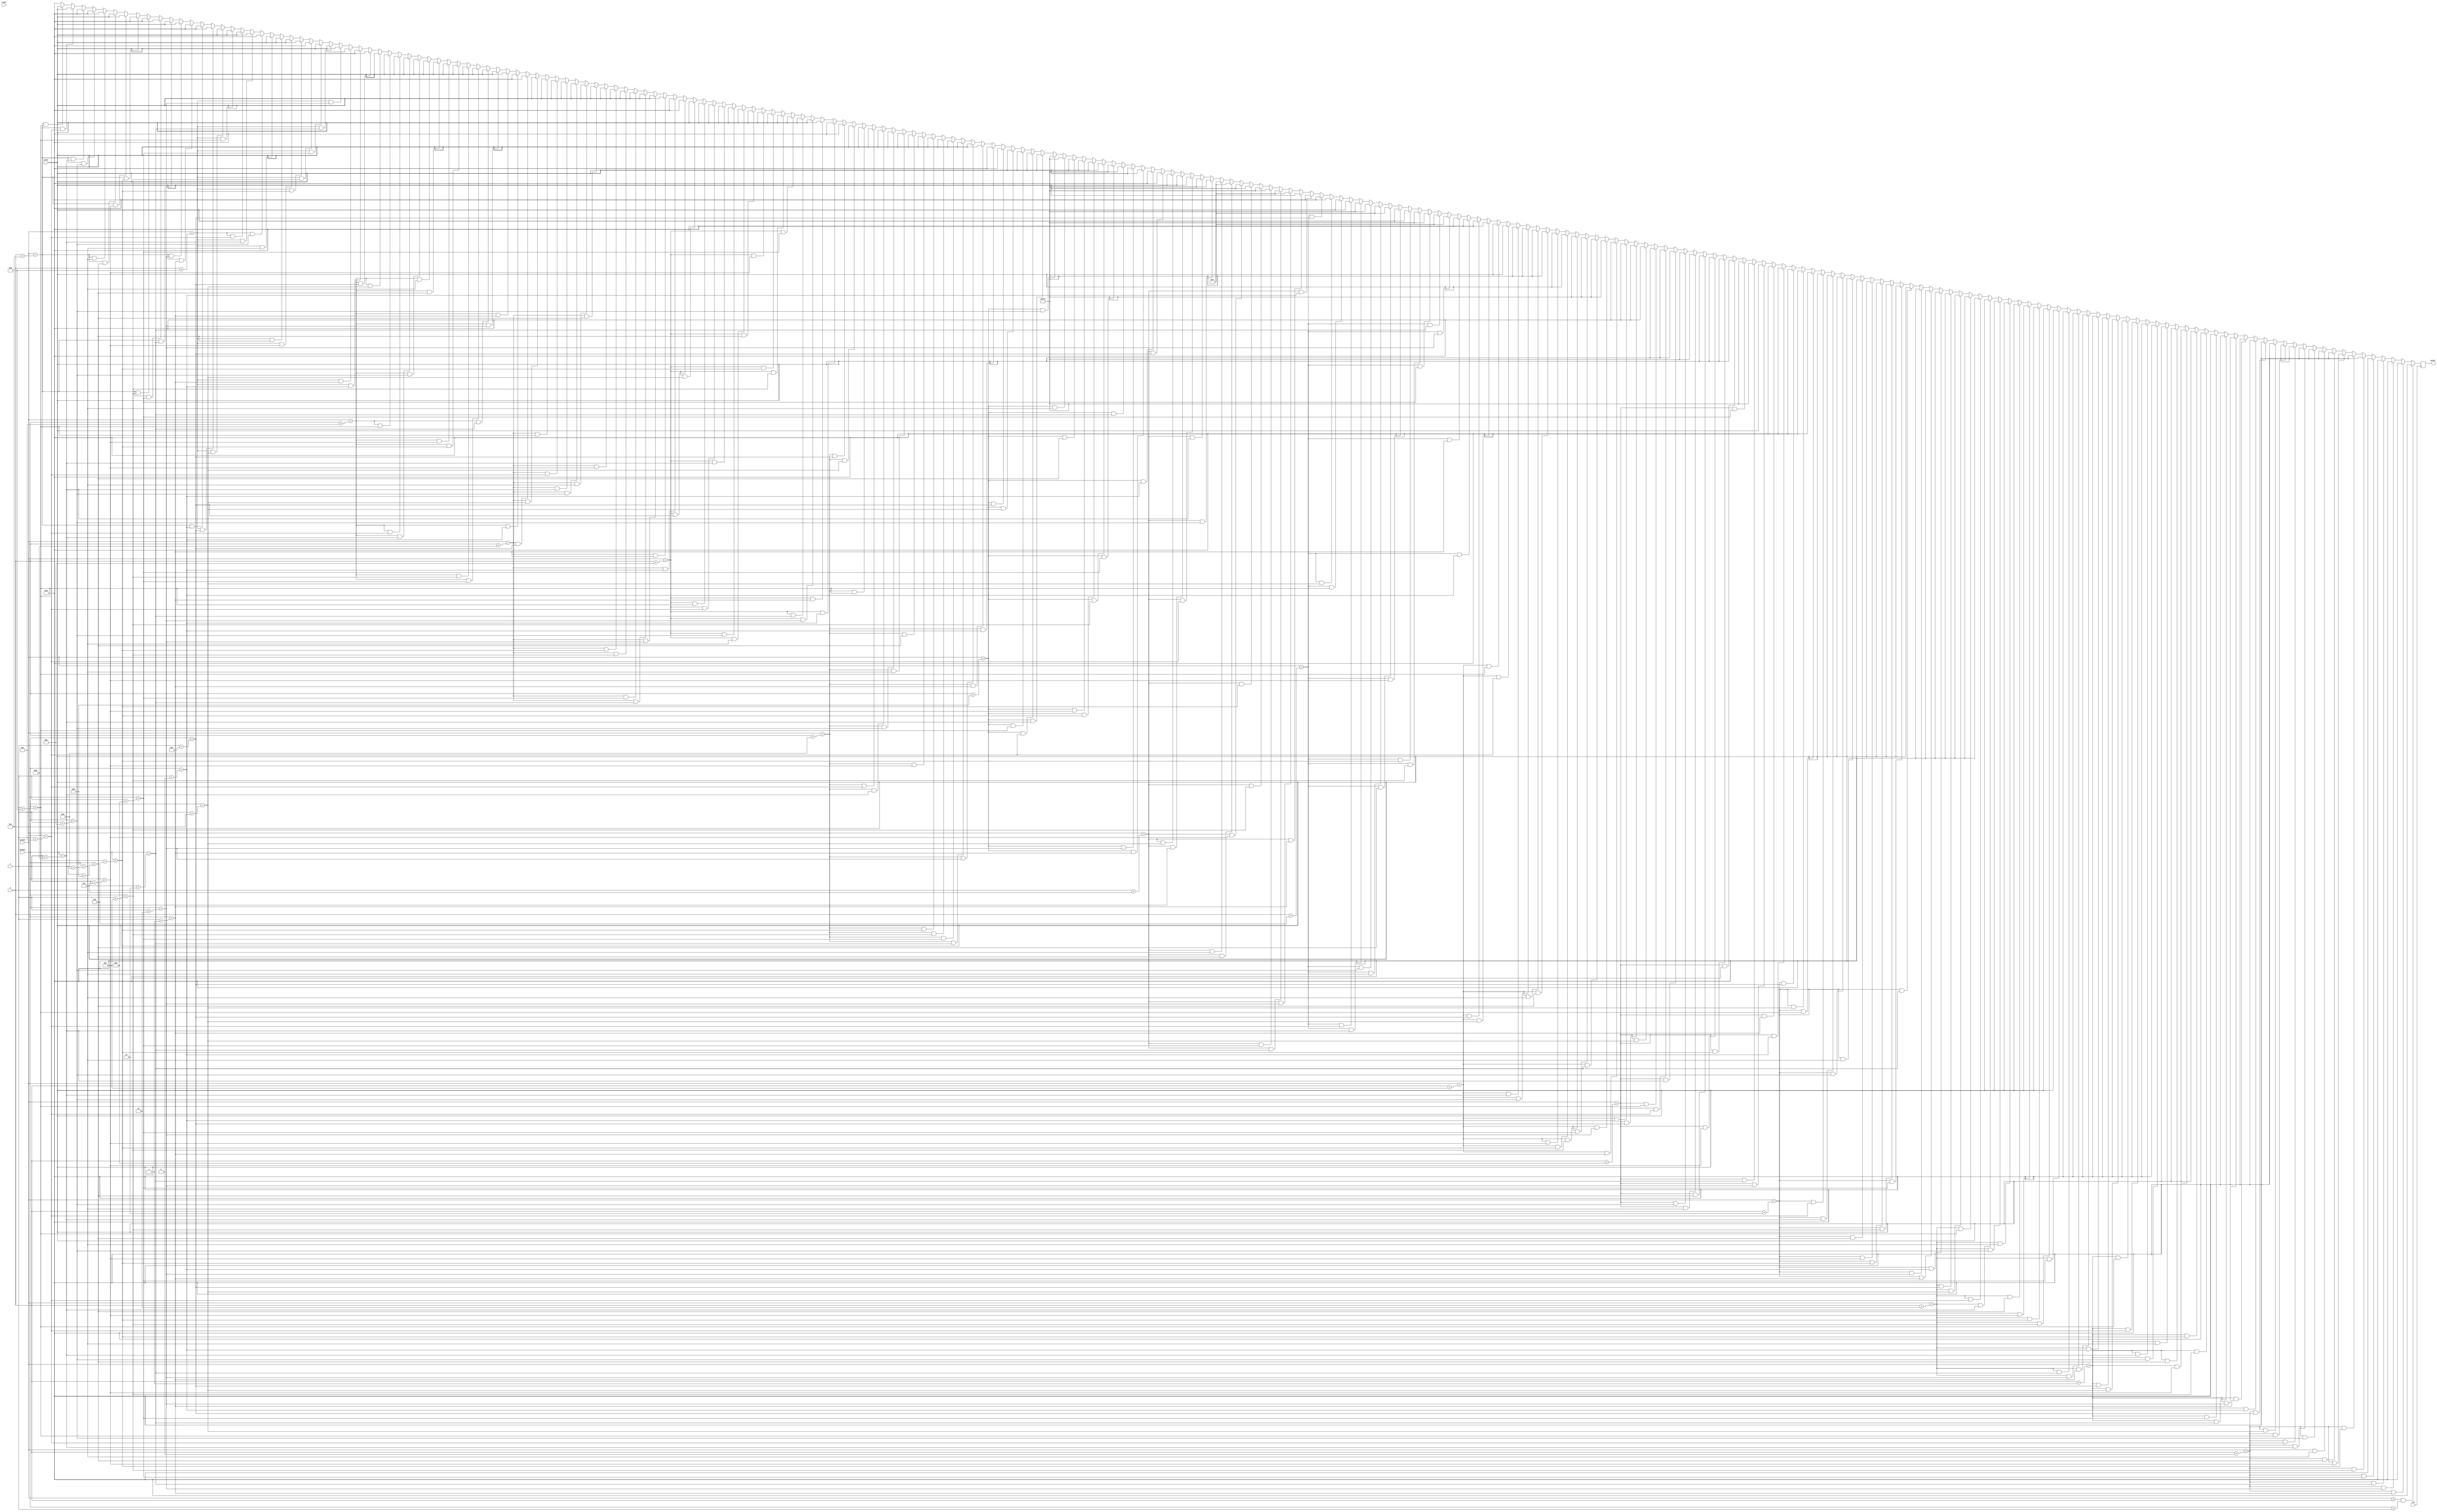
module ghost_left_triangle(
    input clk,
    input reset,
    input [10:0] x,
    input [9:0] y,
    input [10:0] hcount,
    input [9:0] vcount,
    input [11:0] color,
    output reg [11:0] pixel
    );
    
    always @(posedge clk) begin
    if (vcount == y && hcount == x) pixel <= 12'h000;
    else if (vcount == y + 0 && hcount == x + 1) pixel <= 12'h000;
    else if (vcount == y + 0 && hcount == x + 2) pixel <= 12'h000;
    else if (vcount == y + 0 && hcount == x + 3) pixel <= 12'h000;
    else if (vcount == y + 0 && hcount == x + 4) pixel <= 12'h000;
    else if (vcount == y + 0 && hcount == x + 5) pixel <= 12'h000;
    else if (vcount == y + 0 && hcount == x + 6) pixel <= 12'h000;
    else if (vcount == y + 0 && hcount == x + 7) pixel <= 12'h000;
    else if (vcount == y + 0 && hcount == x + 8) pixel <= 12'h000;
    else if (vcount == y + 0 && hcount == x + 9) pixel <= 12'h000;
    else if (vcount == y + 0 && hcount == x + 10) pixel <= 12'h000;
    else if (vcount == y + 0 && hcount == x + 11) pixel <= 12'h000;
    else if (vcount == y + 0 && hcount == x + 12) pixel <= 12'h000;
    else if (vcount == y + 0 && hcount == x + 13) pixel <= 12'h000;
    else if (vcount == y + 0 && hcount == x + 14) pixel <= 12'h000;
    else if (vcount == y + 0 && hcount == x + 15) pixel <= 12'h000;
    else if (vcount == y + 1 && hcount == x + 0) pixel <= 12'h000;
    else if (vcount == y + 1 && hcount == x + 1) pixel <= 12'h000;
    else if (vcount == y + 1 && hcount == x + 2) pixel <= 12'h000;
    else if (vcount == y + 1 && hcount == x + 3) pixel <= 12'h000;
    else if (vcount == y + 1 && hcount == x + 4) pixel <= 12'h000;
    else if (vcount == y + 1 && hcount == x + 5) pixel <= 12'h000;
    else if (vcount == y + 1 && hcount == x + 6) pixel <= color;
    else if (vcount == y + 1 && hcount == x + 7) pixel <= color;
    else if (vcount == y + 1 && hcount == x + 8) pixel <= color;
    else if (vcount == y + 1 && hcount == x + 9) pixel <= color;
    else if (vcount == y + 1 && hcount == x + 10) pixel <= 12'h000;
    else if (vcount == y + 1 && hcount == x + 11) pixel <= 12'h000;
    else if (vcount == y + 1 && hcount == x + 12) pixel <= 12'h000;
    else if (vcount == y + 1 && hcount == x + 13) pixel <= 12'h000;
    else if (vcount == y + 1 && hcount == x + 14) pixel <= 12'h000;
    else if (vcount == y + 1 && hcount == x + 15) pixel <= 12'h000;
    else if (vcount == y + 2 && hcount == x + 0) pixel <= 12'h000;
    else if (vcount == y + 2 && hcount == x + 1) pixel <= 12'h000;
    else if (vcount == y + 2 && hcount == x + 2) pixel <= 12'h000;
    else if (vcount == y + 2 && hcount == x + 3) pixel <= 12'h000;
    else if (vcount == y + 2 && hcount == x + 4) pixel <= color;
    else if (vcount == y + 2 && hcount == x + 5) pixel <= color;
    else if (vcount == y + 2 && hcount == x + 6) pixel <= color;
    else if (vcount == y + 2 && hcount == x + 7) pixel <= color;
    else if (vcount == y + 2 && hcount == x + 8) pixel <= color;
    else if (vcount == y + 2 && hcount == x + 9) pixel <= color;
    else if (vcount == y + 2 && hcount == x + 10) pixel <= color;
    else if (vcount == y + 2 && hcount == x + 11) pixel <= color;
    else if (vcount == y + 2 && hcount == x + 12) pixel <= 12'h000;
    else if (vcount == y + 2 && hcount == x + 13) pixel <= 12'h000;
    else if (vcount == y + 2 && hcount == x + 14) pixel <= 12'h000;
    else if (vcount == y + 2 && hcount == x + 15) pixel <= 12'h000;
    else if (vcount == y + 3 && hcount == x + 0) pixel <= 12'h000;
    else if (vcount == y + 3 && hcount == x + 1) pixel <= 12'h000;
    else if (vcount == y + 3 && hcount == x + 2) pixel <= 12'h000;
    else if (vcount == y + 3 && hcount == x + 3) pixel <= color;
    else if (vcount == y + 3 && hcount == x + 4) pixel <= color;
    else if (vcount == y + 3 && hcount == x + 5) pixel <= color;
    else if (vcount == y + 3 && hcount == x + 6) pixel <= color;
    else if (vcount == y + 3 && hcount == x + 7) pixel <= color;
    else if (vcount == y + 3 && hcount == x + 8) pixel <= color;
    else if (vcount == y + 3 && hcount == x + 9) pixel <= color;
    else if (vcount == y + 3 && hcount == x + 10) pixel <= color;
    else if (vcount == y + 3 && hcount == x + 11) pixel <= color;
    else if (vcount == y + 3 && hcount == x + 12) pixel <= color;
    else if (vcount == y + 3 && hcount == x + 13) pixel <= 12'h000;
    else if (vcount == y + 3 && hcount == x + 14) pixel <= 12'h000;
    else if (vcount == y + 3 && hcount == x + 15) pixel <= 12'h000;
    else if (vcount == y + 4 && hcount == x + 0) pixel <= 12'h000;
    else if (vcount == y + 4 && hcount == x + 1) pixel <= 12'h000;
    else if (vcount == y + 4 && hcount == x + 2) pixel <= color;
    else if (vcount == y + 4 && hcount == x + 3) pixel <= 12'hFFF;
    else if (vcount == y + 4 && hcount == x + 4) pixel <= 12'hFFF;
    else if (vcount == y + 4 && hcount == x + 5) pixel <= color;
    else if (vcount == y + 4 && hcount == x + 6) pixel <= color;
    else if (vcount == y + 4 && hcount == x + 7) pixel <= color;
    else if (vcount == y + 4 && hcount == x + 8) pixel <= color;
    else if (vcount == y + 4 && hcount == x + 9) pixel <= 12'hFFF;
    else if (vcount == y + 4 && hcount == x + 10) pixel <= 12'hFFF;
    else if (vcount == y + 4 && hcount == x + 11) pixel <= color;
    else if (vcount == y + 4 && hcount == x + 12) pixel <= color;
    else if (vcount == y + 4 && hcount == x + 13) pixel <= color;
    else if (vcount == y + 4 && hcount == x + 14) pixel <= 12'h000;
    else if (vcount == y + 4 && hcount == x + 15) pixel <= 12'h000;
    else if (vcount == y + 5 && hcount == x + 0) pixel <= 12'h000;
    else if (vcount == y + 5 && hcount == x + 1) pixel <= 12'h000;
    else if (vcount == y + 5 && hcount == x + 2) pixel <= 12'hFFF;
    else if (vcount == y + 5 && hcount == x + 3) pixel <= 12'hFFF;
    else if (vcount == y + 5 && hcount == x + 4) pixel <= 12'hFFF;
    else if (vcount == y + 5 && hcount == x + 5) pixel <= 12'hFFF;
    else if (vcount == y + 5 && hcount == x + 6) pixel <= color;
    else if (vcount == y + 5 && hcount == x + 7) pixel <= color;
    else if (vcount == y + 5 && hcount == x + 8) pixel <= 12'hFFF;
    else if (vcount == y + 5 && hcount == x + 9) pixel <= 12'hFFF;
    else if (vcount == y + 5 && hcount == x + 10) pixel <= 12'hFFF;
    else if (vcount == y + 5 && hcount == x + 11) pixel <= 12'hFFF;
    else if (vcount == y + 5 && hcount == x + 12) pixel <= color;
    else if (vcount == y + 5 && hcount == x + 13) pixel <= color;
    else if (vcount == y + 5 && hcount == x + 14) pixel <= 12'h000;
    else if (vcount == y + 5 && hcount == x + 15) pixel <= 12'h000;
    else if (vcount == y + 6 && hcount == x + 0) pixel <= 12'h000;
    else if (vcount == y + 6 && hcount == x + 1) pixel <= 12'h000;
    else if (vcount == y + 6 && hcount == x + 2) pixel <= 12'h00F;
    else if (vcount == y + 6 && hcount == x + 3) pixel <= 12'h00F;
    else if (vcount == y + 6 && hcount == x + 4) pixel <= 12'hFFF;
    else if (vcount == y + 6 && hcount == x + 5) pixel <= 12'hFFF;
    else if (vcount == y + 6 && hcount == x + 6) pixel <= color;
    else if (vcount == y + 6 && hcount == x + 7) pixel <= color;
    else if (vcount == y + 6 && hcount == x + 8) pixel <= 12'h00F;
    else if (vcount == y + 6 && hcount == x + 9) pixel <= 12'h00F;
    else if (vcount == y + 6 && hcount == x + 10) pixel <= 12'hFFF;
    else if (vcount == y + 6 && hcount == x + 11) pixel <= 12'hFFF;
    else if (vcount == y + 6 && hcount == x + 12) pixel <= color;
    else if (vcount == y + 6 && hcount == x + 13) pixel <= color;
    else if (vcount == y + 6 && hcount == x + 14) pixel <= 12'h000;
    else if (vcount == y + 6 && hcount == x + 15) pixel <= 12'h000;
    else if (vcount == y + 7 && hcount == x + 0) pixel <= 12'h000;
    else if (vcount == y + 7 && hcount == x + 1) pixel <= color;
    else if (vcount == y + 7 && hcount == x + 2) pixel <= 12'h00F;
    else if (vcount == y + 7 && hcount == x + 3) pixel <= 12'h00F;
    else if (vcount == y + 7 && hcount == x + 4) pixel <= 12'hFFF;
    else if (vcount == y + 7 && hcount == x + 5) pixel <= 12'hFFF;
    else if (vcount == y + 7 && hcount == x + 6) pixel <= color;
    else if (vcount == y + 7 && hcount == x + 7) pixel <= color;
    else if (vcount == y + 7 && hcount == x + 8) pixel <= 12'h00F;
    else if (vcount == y + 7 && hcount == x + 9) pixel <= 12'h00F;
    else if (vcount == y + 7 && hcount == x + 10) pixel <= 12'hFFF;
    else if (vcount == y + 7 && hcount == x + 11) pixel <= 12'hFFF;
    else if (vcount == y + 7 && hcount == x + 12) pixel <= color;
    else if (vcount == y + 7 && hcount == x + 13) pixel <= color;
    else if (vcount == y + 7 && hcount == x + 14) pixel <= color;
    else if (vcount == y + 7 && hcount == x + 15) pixel <= 12'h000;
    else if (vcount == y + 8 && hcount == x + 0) pixel <= 12'h000;
    else if (vcount == y + 8 && hcount == x + 1) pixel <= color;
    else if (vcount == y + 8 && hcount == x + 2) pixel <= color;
    else if (vcount == y + 8 && hcount == x + 3) pixel <= 12'hFFF;
    else if (vcount == y + 8 && hcount == x + 4) pixel <= 12'hFFF;
    else if (vcount == y + 8 && hcount == x + 5) pixel <= color;
    else if (vcount == y + 8 && hcount == x + 6) pixel <= color;
    else if (vcount == y + 8 && hcount == x + 7) pixel <= color;
    else if (vcount == y + 8 && hcount == x + 8) pixel <= color;
    else if (vcount == y + 8 && hcount == x + 9) pixel <= 12'hFFF;
    else if (vcount == y + 8 && hcount == x + 10) pixel <= 12'hFFF;
    else if (vcount == y + 8 && hcount == x + 11) pixel <= color;
    else if (vcount == y + 8 && hcount == x + 12) pixel <= color;
    else if (vcount == y + 8 && hcount == x + 13) pixel <= color;
    else if (vcount == y + 8 && hcount == x + 14) pixel <= color;
    else if (vcount == y + 8 && hcount == x + 15) pixel <= 12'h000;
    else if (vcount == y + 9 && hcount == x + 0) pixel <= 12'h000;
    else if (vcount == y + 9 && hcount == x + 1) pixel <= color;
    else if (vcount == y + 9 && hcount == x + 2) pixel <= color;
    else if (vcount == y + 9 && hcount == x + 3) pixel <= color;
    else if (vcount == y + 9 && hcount == x + 4) pixel <= color;
    else if (vcount == y + 9 && hcount == x + 5) pixel <= color;
    else if (vcount == y + 9 && hcount == x + 6) pixel <= color;
    else if (vcount == y + 9 && hcount == x + 7) pixel <= color;
    else if (vcount == y + 9 && hcount == x + 8) pixel <= color;
    else if (vcount == y + 9 && hcount == x + 9) pixel <= color;
    else if (vcount == y + 9 && hcount == x + 10) pixel <= color;
    else if (vcount == y + 9 && hcount == x + 11) pixel <= color;
    else if (vcount == y + 9 && hcount == x + 12) pixel <= color;
    else if (vcount == y + 9 && hcount == x + 13) pixel <= color;
    else if (vcount == y + 9 && hcount == x + 14) pixel <= color;
    else if (vcount == y + 9 && hcount == x + 15) pixel <= 12'h000;
    else if (vcount == y + 10 && hcount == x + 0) pixel <= 12'h000;
    else if (vcount == y + 10 && hcount == x + 1) pixel <= color;
    else if (vcount == y + 10 && hcount == x + 2) pixel <= color;
    else if (vcount == y + 10 && hcount == x + 3) pixel <= color;
    else if (vcount == y + 10 && hcount == x + 4) pixel <= color;
    else if (vcount == y + 10 && hcount == x + 5) pixel <= color;
    else if (vcount == y + 10 && hcount == x + 6) pixel <= color;
    else if (vcount == y + 10 && hcount == x + 7) pixel <= color;
    else if (vcount == y + 10 && hcount == x + 8) pixel <= color;
    else if (vcount == y + 10 && hcount == x + 9) pixel <= color;
    else if (vcount == y + 10 && hcount == x + 10) pixel <= color;
    else if (vcount == y + 10 && hcount == x + 11) pixel <= color;
    else if (vcount == y + 10 && hcount == x + 12) pixel <= color;
    else if (vcount == y + 10 && hcount == x + 13) pixel <= color;
    else if (vcount == y + 10 && hcount == x + 14) pixel <= color;
    else if (vcount == y + 10 && hcount == x + 15) pixel <= 12'h000;
    else if (vcount == y + 11 && hcount == x + 0) pixel <= 12'h000;
    else if (vcount == y + 11 && hcount == x + 1) pixel <= color;
    else if (vcount == y + 11 && hcount == x + 2) pixel <= color;
    else if (vcount == y + 11 && hcount == x + 3) pixel <= color;
    else if (vcount == y + 11 && hcount == x + 4) pixel <= color;
    else if (vcount == y + 11 && hcount == x + 5) pixel <= color;
    else if (vcount == y + 11 && hcount == x + 6) pixel <= color;
    else if (vcount == y + 11 && hcount == x + 7) pixel <= color;
    else if (vcount == y + 11 && hcount == x + 8) pixel <= color;
    else if (vcount == y + 11 && hcount == x + 9) pixel <= color;
    else if (vcount == y + 11 && hcount == x + 10) pixel <= color;
    else if (vcount == y + 11 && hcount == x + 11) pixel <= color;
    else if (vcount == y + 11 && hcount == x + 12) pixel <= color;
    else if (vcount == y + 11 && hcount == x + 13) pixel <= color;
    else if (vcount == y + 11 && hcount == x + 14) pixel <= color;
    else if (vcount == y + 11 && hcount == x + 15) pixel <= 12'h000;
    else if (vcount == y + 12 && hcount == x + 0) pixel <= 12'h000;
    else if (vcount == y + 12 && hcount == x + 1) pixel <= color;
    else if (vcount == y + 12 && hcount == x + 2) pixel <= color;
    else if (vcount == y + 12 && hcount == x + 3) pixel <= color;
    else if (vcount == y + 12 && hcount == x + 4) pixel <= color;
    else if (vcount == y + 12 && hcount == x + 5) pixel <= color;
    else if (vcount == y + 12 && hcount == x + 6) pixel <= color;
    else if (vcount == y + 12 && hcount == x + 7) pixel <= color;
    else if (vcount == y + 12 && hcount == x + 8) pixel <= color;
    else if (vcount == y + 12 && hcount == x + 9) pixel <= color;
    else if (vcount == y + 12 && hcount == x + 10) pixel <= color;
    else if (vcount == y + 12 && hcount == x + 11) pixel <= color;
    else if (vcount == y + 12 && hcount == x + 12) pixel <= color;
    else if (vcount == y + 12 && hcount == x + 13) pixel <= color;
    else if (vcount == y + 12 && hcount == x + 14) pixel <= color;
    else if (vcount == y + 12 && hcount == x + 15) pixel <= 12'h000;
    else if (vcount == y + 13 && hcount == x + 0) pixel <= 12'h000;
    else if (vcount == y + 13 && hcount == x + 1) pixel <= color;
    else if (vcount == y + 13 && hcount == x + 2) pixel <= color;
    else if (vcount == y + 13 && hcount == x + 3) pixel <= color;
    else if (vcount == y + 13 && hcount == x + 4) pixel <= color;
    else if (vcount == y + 13 && hcount == x + 5) pixel <= 12'h000;
    else if (vcount == y + 13 && hcount == x + 6) pixel <= color;
    else if (vcount == y + 13 && hcount == x + 7) pixel <= color;
    else if (vcount == y + 13 && hcount == x + 8) pixel <= color;
    else if (vcount == y + 13 && hcount == x + 9) pixel <= color;
    else if (vcount == y + 13 && hcount == x + 10) pixel <= 12'h000;
    else if (vcount == y + 13 && hcount == x + 11) pixel <= color;
    else if (vcount == y + 13 && hcount == x + 12) pixel <= color;
    else if (vcount == y + 13 && hcount == x + 13) pixel <= color;
    else if (vcount == y + 13 && hcount == x + 14) pixel <= color;
    else if (vcount == y + 13 && hcount == x + 15) pixel <= 12'h000;
    else if (vcount == y + 14 && hcount == x + 0) pixel <= 12'h000;
    else if (vcount == y + 14 && hcount == x + 1) pixel <= 12'h000;
    else if (vcount == y + 14 && hcount == x + 2) pixel <= color;
    else if (vcount == y + 14 && hcount == x + 3) pixel <= color;
    else if (vcount == y + 14 && hcount == x + 4) pixel <= 12'h000;
    else if (vcount == y + 14 && hcount == x + 5) pixel <= 12'h000;
    else if (vcount == y + 14 && hcount == x + 6) pixel <= 12'h000;
    else if (vcount == y + 14 && hcount == x + 7) pixel <= color;
    else if (vcount == y + 14 && hcount == x + 8) pixel <= color;
    else if (vcount == y + 14 && hcount == x + 9) pixel <= 12'h000;
    else if (vcount == y + 14 && hcount == x + 10) pixel <= 12'h000;
    else if (vcount == y + 14 && hcount == x + 11) pixel <= 12'h000;
    else if (vcount == y + 14 && hcount == x + 12) pixel <= color;
    else if (vcount == y + 14 && hcount == x + 13) pixel <= color;
    else if (vcount == y + 14 && hcount == x + 14) pixel <= 12'h000;
    else if (vcount == y + 14 && hcount == x + 15) pixel <= 12'h000;
    else if (vcount == y + 15 && hcount == x + 0) pixel <= 12'h000;
    else if (vcount == y + 15 && hcount == x + 1) pixel <= 12'h000;
    else if (vcount == y + 15 && hcount == x + 2) pixel <= 12'h000;
    else if (vcount == y + 15 && hcount == x + 3) pixel <= 12'h000;
    else if (vcount == y + 15 && hcount == x + 4) pixel <= 12'h000;
    else if (vcount == y + 15 && hcount == x + 5) pixel <= 12'h000;
    else if (vcount == y + 15 && hcount == x + 6) pixel <= 12'h000;
    else if (vcount == y + 15 && hcount == x + 7) pixel <= 12'h000;
    else if (vcount == y + 15 && hcount == x + 8) pixel <= 12'h000;
    else if (vcount == y + 15 && hcount == x + 9) pixel <= 12'h000;
    else if (vcount == y + 15 && hcount == x + 10) pixel <= 12'h000;
    else if (vcount == y + 15 && hcount == x + 11) pixel <= 12'h000;
    else if (vcount == y + 15 && hcount == x + 12) pixel <= 12'h000;
    else if (vcount == y + 15 && hcount == x + 13) pixel <= 12'h000;
    else if (vcount == y + 15 && hcount == x + 14) pixel <= 12'h000;
    else if (vcount == y + 15 && hcount == x + 15) pixel <= 12'h000;
    else pixel <= 12'h000;
    end
    
endmodule